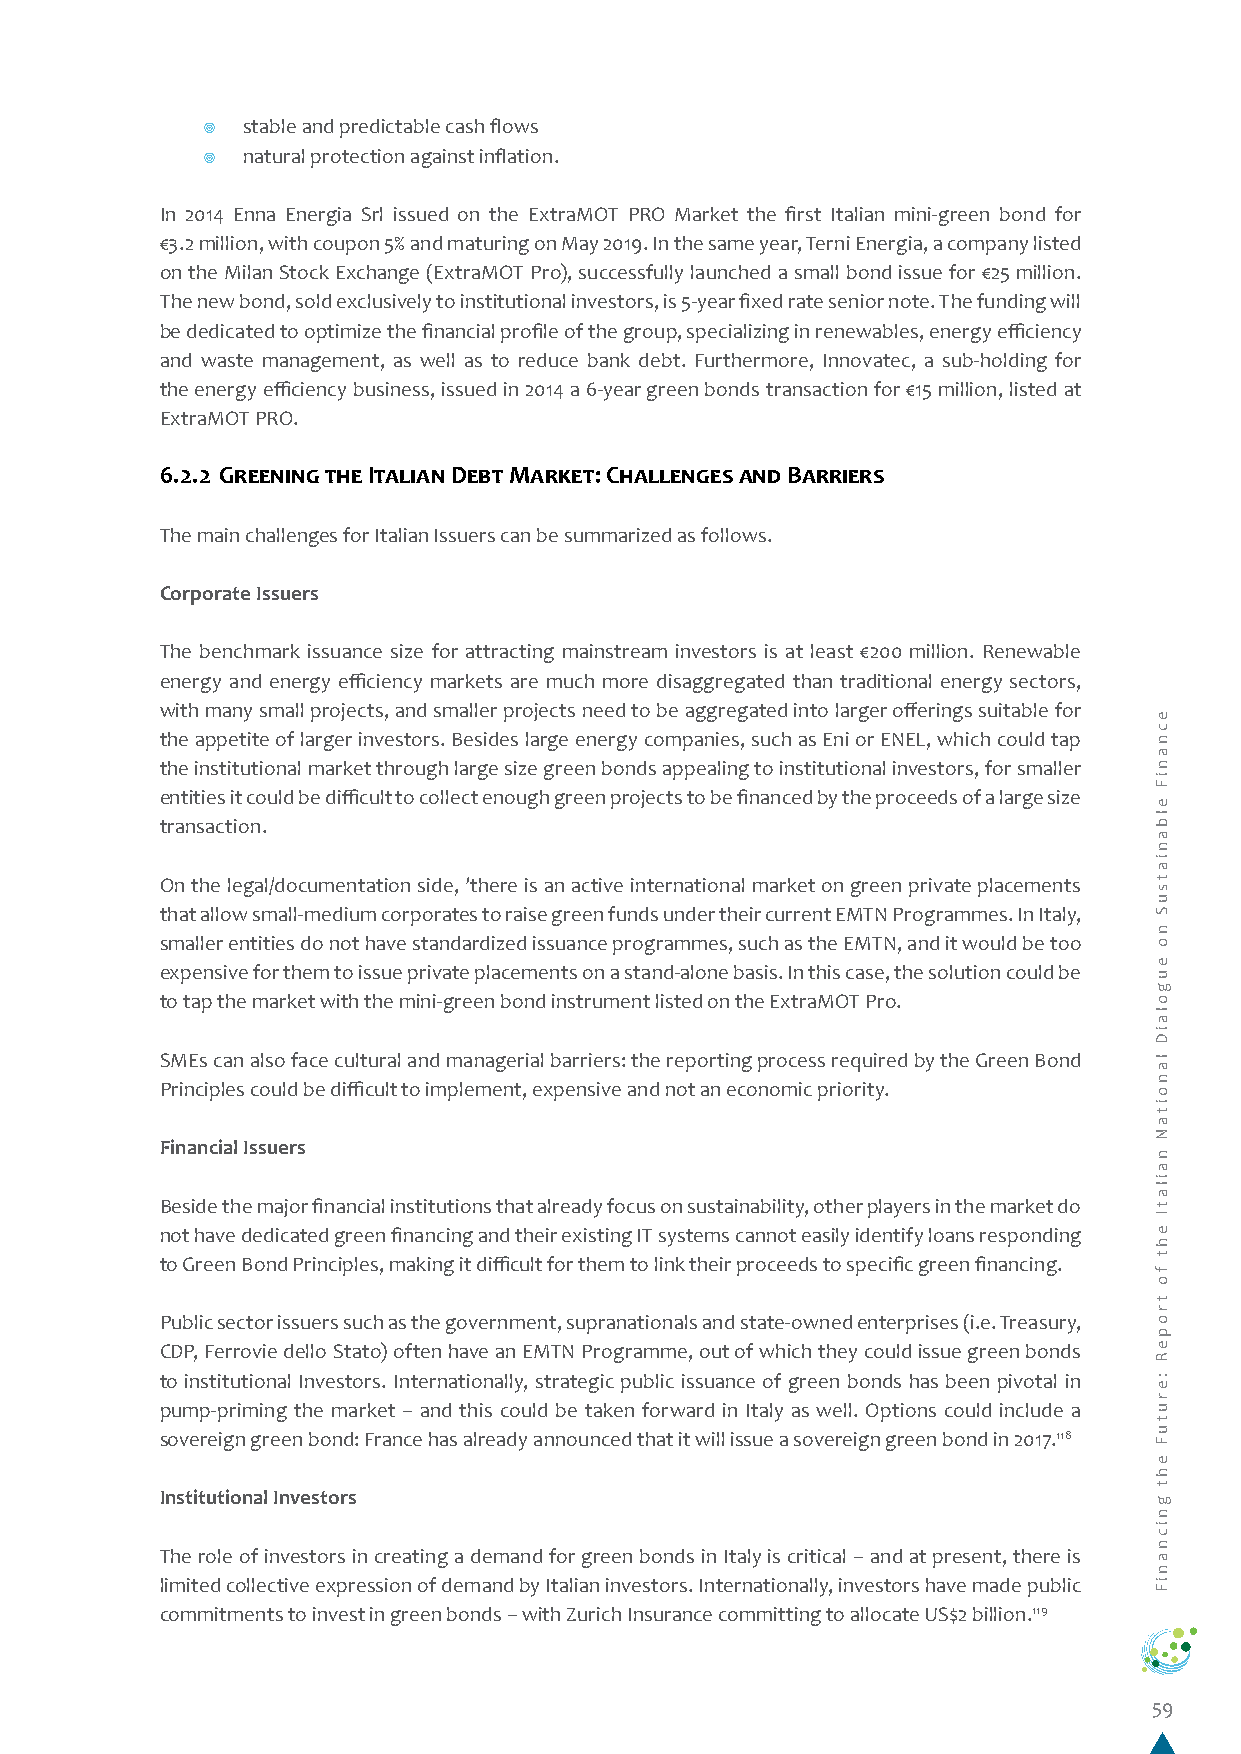
¥  stable and predictable cash flows
 ¥  natural protection against inflation.
 In 2014 Enna Energia Srl issued on the ExtraMOT PRO Market the first Italian mini-green bond for
 €3.2 million, with coupon 5% and maturing on May 2019. In the same year, Terni Energia, a company listed
 on the Milan Stock Exchange (ExtraMOT Pro), successfully launched a small bond issue for €25 million.
 The new bond, sold exclusively to institutional investors, is 5-year fixed rate senior note. The funding will
 be dedicated to optimize the financial profile of the group, specializing in renewables, energy efficiency
 and waste management, as well as to reduce bank debt. Furthermore, Innovatec, a sub-holding for
 the energy efficiency business, issued in 2014 a 6-year green bonds transaction for €15 million, listed at
 ExtraMOT PRO.
 6.2.2 Greening the Italian Debt Market: Challenges and Barriers
 The main challenges for Italian Issuers can be summarized as follows.
 Corporate Issuers
 The benchmark issuance size for attracting mainstream investors is at least €200 million. Renewable
 energy and energy efficiency markets are much more disaggregated than traditional energy sectors,
 with many small projects, and smaller projects need to be aggregated into larger offerings suitable for
 the appetite of larger investors. Besides large energy companies, such as Eni or ENEL, which could tap
 the institutional market through large size green bonds appealing to institutional investors, for smaller
 entities it could be difficult to collect enough green projects to be financed by the proceeds of a large size
 transaction.
 On the legal/documentation side, ’there is an active international market on green private placements
 that allow small-medium corporates to raise green funds under their current EMTN Programmes. In Italy,
 smaller entities do not have standardized issuance programmes, such as the EMTN, and it would be too
 expensive for them to issue private placements on a stand-alone basis. In this case, the solution could be
 to tap the market with the mini-green bond instrument listed on the ExtraMOT Pro.
 SMEs can also face cultural and managerial barriers: the reporting process required by the Green Bond
 Principles could be difficult to implement, expensive and not an economic priority.
 Financial Issuers
 Beside the major financial institutions that already focus on sustainability, other players in the market do
 not have dedicated green financing and their existing IT systems cannot easily identify loans responding
 to Green Bond Principles, making it difficult for them to link their proceeds to specific green financing.
 Public sector issuers such as the government, supranationals and state-owned enterprises (i.e. Treasury,
 CDP, Ferrovie dello Stato) often have an EMTN Programme, out of which they could issue green bonds
 to institutional Investors. Internationally, strategic public issuance of green bonds has been pivotal in
 pump-priming the market – and this could be taken forward in Italy as well. Options could include a
 sovereign green bond: France has already announced that it will issue a sovereign green bond in 2017.118
 Institutional Investors
 The role of investors in creating a demand for green bonds in Italy is critical – and at present, there is
 limited collective expression of demand by Italian investors. Internationally, investors have made public
 commitments to invest in green bonds – with Zurich Insurance committing to allocate US$2 billion.119
 59
 ecnaniF
 elbaniatsuS
 no
 eugolaiD
 lanoitaN
 nailatI
 eht
 fo
 tropeR
 :erutuF
 eht
 gnicnaniF